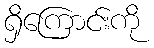
ရှိကြောင်းကို